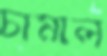
চামাল